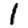
Digit: 1